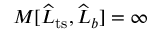
M [ \widehat { L } _ { \mathrm { t s } } , \widehat { L } _ { b } ] = \infty